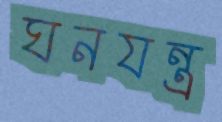
ঘনযন্ত্র